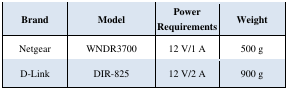
<table><thead><tr><td><b>Brand</b></td><td><b>Model</b></td><td><b>Power Requirements</b></td><td><b>Weight</b></td></tr></thead><tbody><tr><td>Netgear</td><td>WNDR3700</td><td>12 V/1 A</td><td>500 g</td></tr><tr><td>D-Link</td><td>DIR-825</td><td>12 V/2 A</td><td>900 g</td></tr></tbody></table>